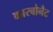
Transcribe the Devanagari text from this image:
कारबोनैट